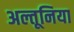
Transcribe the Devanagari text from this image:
अल्तूनिया